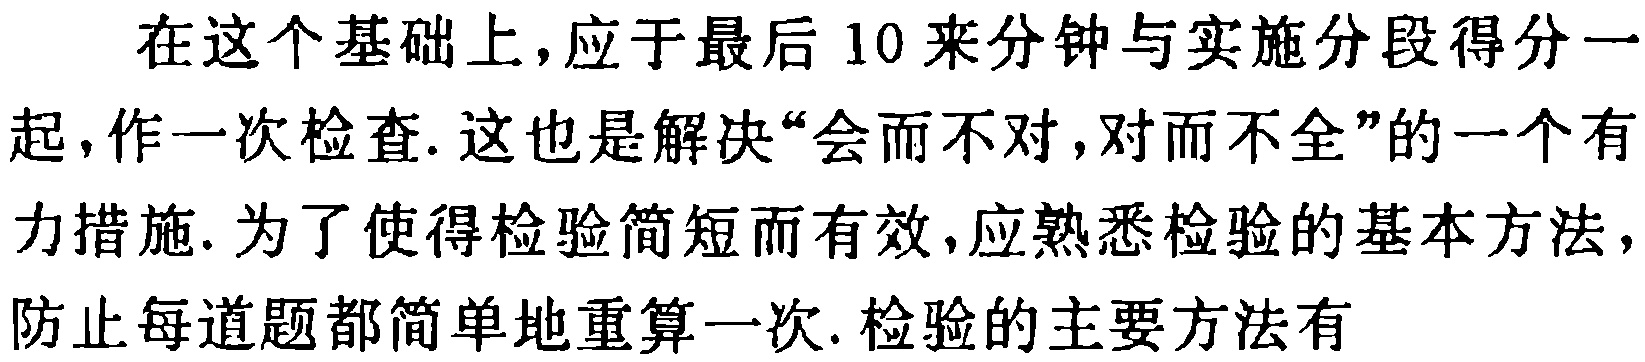
在这个基础上,应于最后 10 来分钟与实施分段得分一
起,作一次检查. 这也是解决“会而不对,对而不全”的一个有
力措施. 为了使得检验简短而有效,应熟悉检验的基本方法,
防止每道题都简单地重算一次. 检验的主要方法有